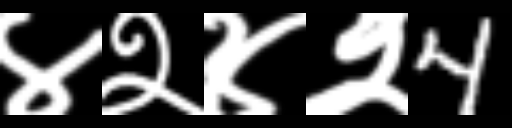
Text: ४२४२4